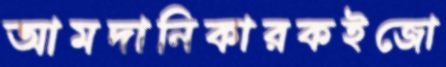
আমদানিকারকইজো